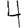
Digit: 4